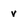
Character: v